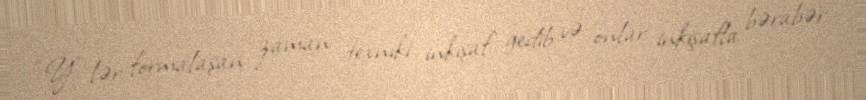
“Y”-lər formalaşan zaman texniki inkişaf gedib və onlar inkişafla bərabər